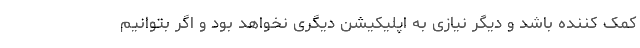
کمک کننده باشد و دیگر نیازی به اپلیکیشن دیگری نخواهد بود و اگر بتوانیم